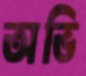
অভি